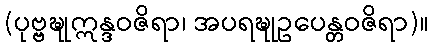
(ပုဗ္ဗဍ္ဎုဣန္ဒဝဇိရာ၊ အပရဍ္ဎုဥပေန္တဝဇိရာ)။